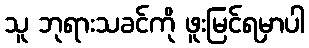
သူ ဘုရားသခင်ကို ဖူးမြင်ရမှာပါ